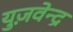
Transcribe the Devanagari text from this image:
युज़वेन्द्र